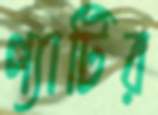
প্যাটির